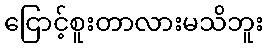
ငြောင့်စူးတာလားမသိဘူး